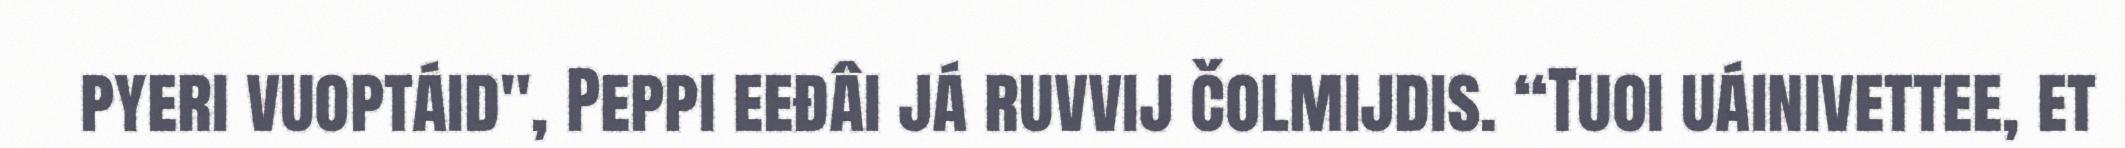
pyeri vuoptáid", Peppi eeđâi já ruvvij čolmijdis. “Tuoi uáinivettee, et